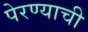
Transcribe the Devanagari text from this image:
पेरण्याची